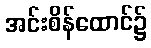
အင်းစိန်ထောင်၌